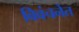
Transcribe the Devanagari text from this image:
विवंचनेत